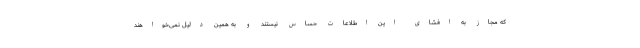
که مجاز به افشای این اطلاعات حساس نیستند و به همین دلیل نمی‌خواهند